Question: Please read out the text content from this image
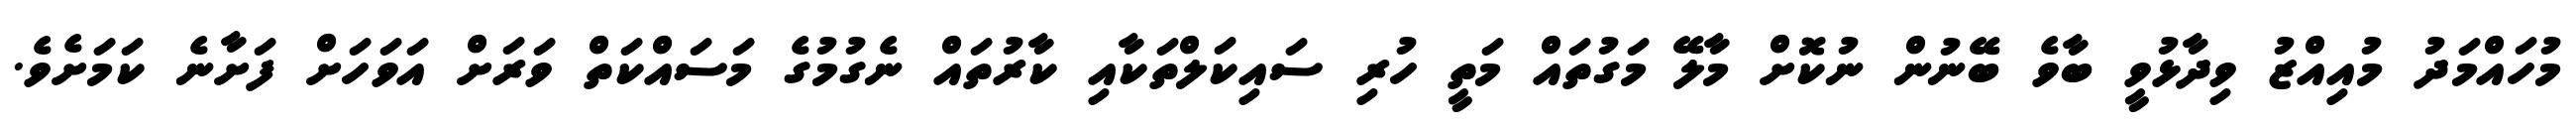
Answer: މުހައްމަދު މުއިއްޒު ވިދާޅުވީ ބާވެ ބޭނުން ނުކޮށް މާލޭ މަގުތައް މަތީ ހުރި ސައިކަލްތަކާއި ކާރުތައް ނެގުމުގެ މަސައްކަތް ވަރަށް އަވަހަށް ފަށާނެ ކަމަށެވެ.